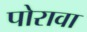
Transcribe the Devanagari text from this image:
पोरावा